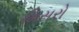
મિસરો